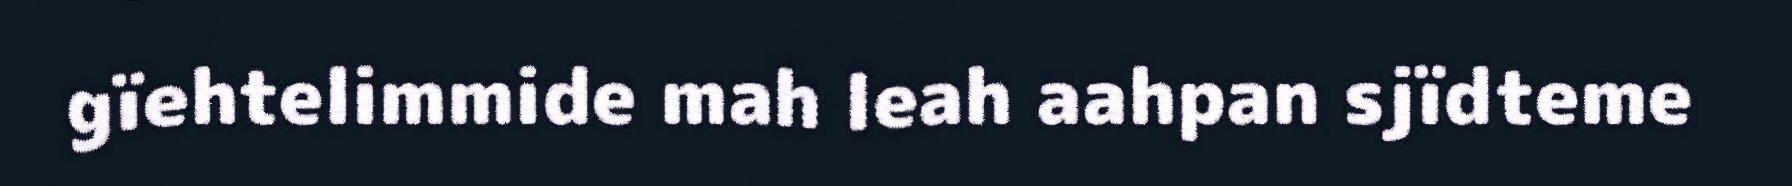
gïehtelimmide mah leah aahpan sjïdteme